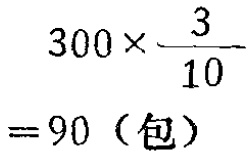
\[

\begin{align*}

&300\times\frac{3}{10}\\

=&90 \text{（包）}

\end{align*}

\]